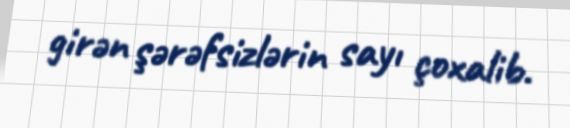
girən şərəfsizlərin sayı çoxalib.